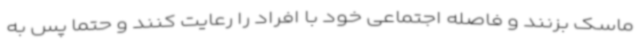
ماسک بزنند و فاصله اجتماعی خود با افراد را رعایت کنند و حتما پس به